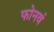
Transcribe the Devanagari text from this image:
फोनवं